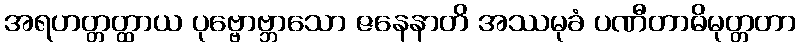
အရဟတ္တတ္ထာယ ပုဗ္ဗောဗ္ဘာသော ဇနေနာတိ အဿမုခံ ပဏီတာဓိမုတ္တတာ